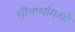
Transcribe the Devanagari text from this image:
मीनप्पांमध्ये